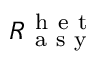
R _ { \mathrm { ~ a ~ s ~ y ~ } } ^ { \mathrm { ~ h ~ e ~ t ~ } }